65_HS1-834228961_62-HQ-83894_Serial_130
Agency: FBI
Page 5
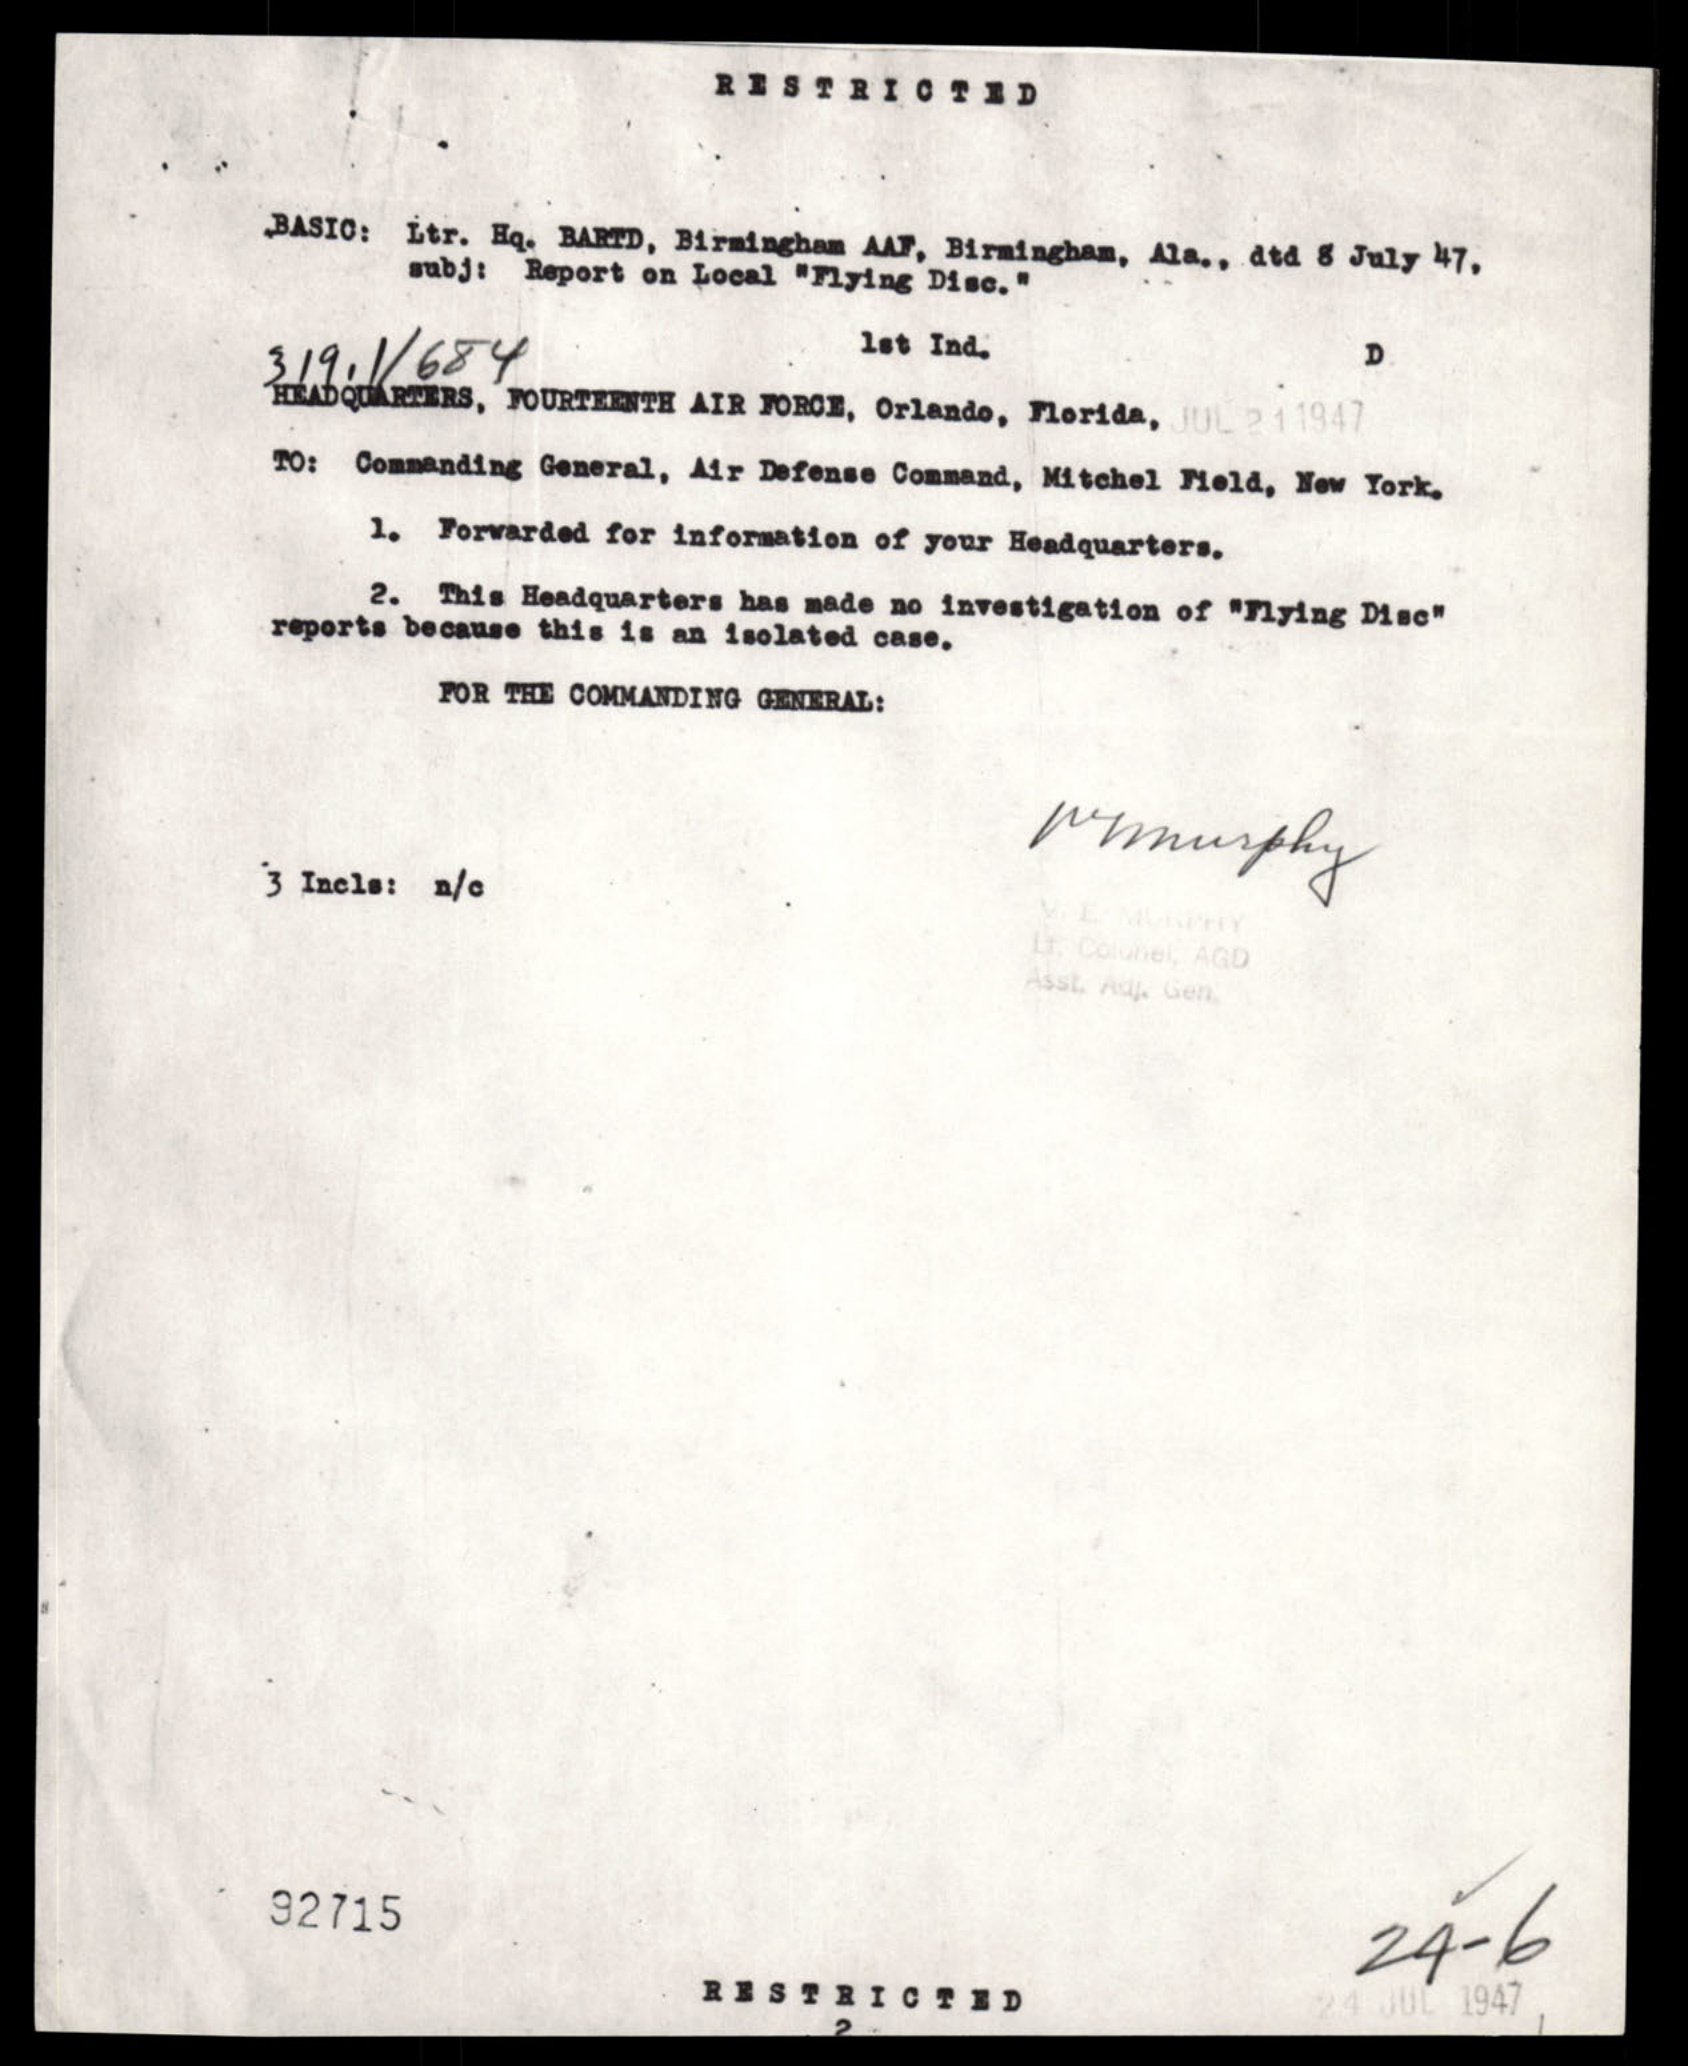